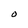
Character: O